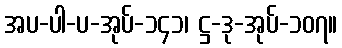
အပ-ပါ-ပ-အုပ်-၁၄၁၊ ဋ္ဌ-ဒု-အုပ်-၁၀၇။